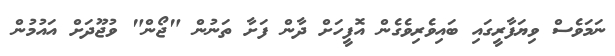
ނަމަވެސް ވިޔަފާރީގައި ބައިވެރިވެގެން އޮފީހަށް ދާން ފަށާ ތަނުން "ޖޯން" ވުޖޫދަށް އައުމުން